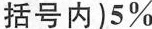
括号内)5%